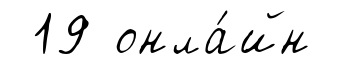
19 онла́йн